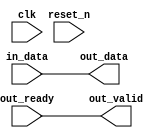
// --------------------------------------------------------------------------------
//| Avalon Streaming Timing Adapter
// --------------------------------------------------------------------------------

`timescale 1ns / 100ps
module sonic_v1_15_pcs_eth_loopback_composed_lc_splitter_timing_adapter (
    
      // Interface: clk
      input              clk,
      // Interface: reset
      input              reset_n,
      // Interface: in
      input      [71: 0] in_data,
      // Interface: out
      output reg [71: 0] out_data,
      input              out_ready,
      output reg         out_valid
);




   // ---------------------------------------------------------------------
   //| Signal Declarations
   // ---------------------------------------------------------------------

   reg  [71: 0] in_payload;
   reg  [71: 0] out_payload;
   reg  [ 0: 0] ready;
   reg          in_ready;
   // synthesis translate_off
   always @(negedge in_ready) begin
      $display("%m: The downstream component is backpressuring by deasserting ready, but the upstream component can't be backpressured.");
   end
   // synthesis translate_on   
   reg          in_valid;
   reg  [ 0: 0] valid_vector;


   // ---------------------------------------------------------------------
   //| Payload Mapping
   // ---------------------------------------------------------------------
   always @* begin
     in_payload = {in_data};
     {out_data} = out_payload;
   end

   // ---------------------------------------------------------------------
   //| Ready & valid signals.
   // ---------------------------------------------------------------------
   always @* begin
     ready[0] = out_ready;
     out_valid = in_valid;
     out_payload = in_payload;
     in_ready = ready[0];
   end



   // ---------------------------------------------------------------------
   //| Input Valid Generation
   // ---------------------------------------------------------------------
   always @* begin
      valid_vector[0] = in_ready;
      in_valid        = valid_vector[0];
   end


endmodule